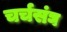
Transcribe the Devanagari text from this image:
चर्चसंघ